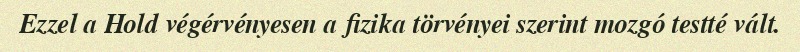
Ezzel a Hold végérvényesen a fizika törvényei szerint mozgó testté vált.